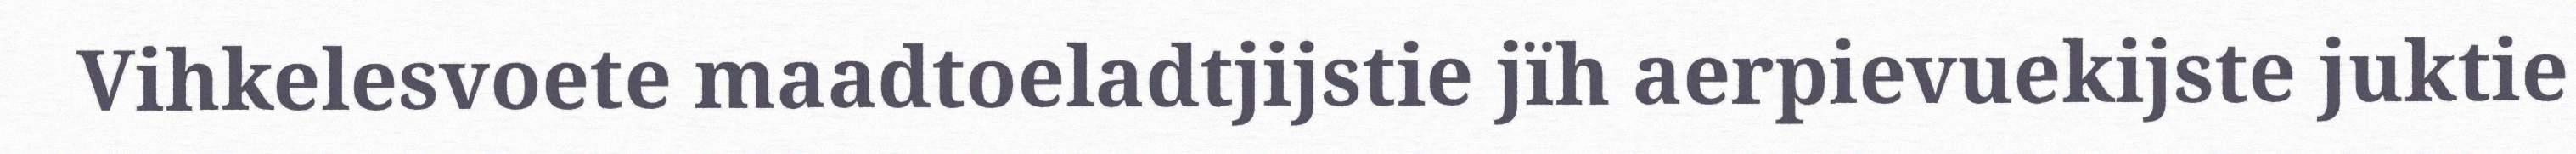
Vihkelesvoete maadtoeladtjijstie jïh aerpievuekijste juktie